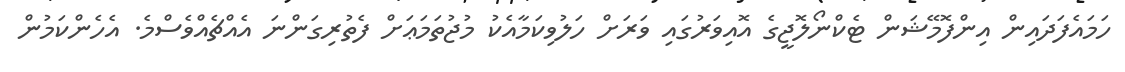
ހަމައެފަދައިން އިންފޮމޭޝަން ޓެކްނޯލޮޖީގެ އޮއިވަރުގައި ވަރަށް ހަލުވިކަމާއެކު މުޖުތަމަޢަށް ފެތުރިގަންނަ އެއްޗެއްވެސްމެ. އެހެންކަމުން